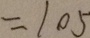
= 1 0 5